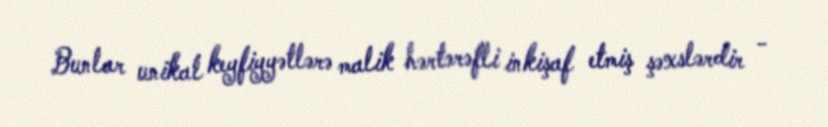
Bunlar unikal keyfiyyətlərə malik hərtərəfli inkişaf etmiş şəxslərdir -